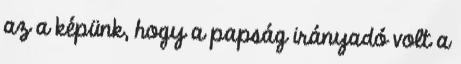
az a képünk, hogy a papság irányadó volt a